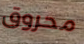
محروق